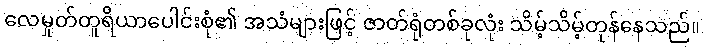
လေမှုတ်တူရိယာပေါင်းစုံ၏ အသံများဖြင့် ဇာတ်ရုံတစ်ခုလုံး သိမ့်သိမ့်တုန်နေသည်။